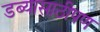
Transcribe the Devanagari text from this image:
डब्यासाठीपण